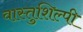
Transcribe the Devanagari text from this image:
वास्‍तुशिल्‍पी